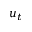
u _ { t }